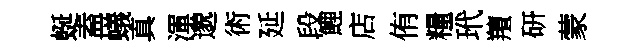
蜒盍蟻真渾邈術延段鯉店侑糧玳羶研蒙